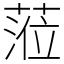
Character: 蒞